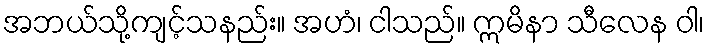
အဘယ်သို့ကျင့်သနည်း။ အဟံ၊ ငါသည်။ ဣမိနာ သီလေန ဝါ၊